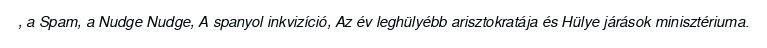
, a Spam, a Nudge Nudge, A spanyol inkvizíció, Az év leghülyébb arisztokratája és Hülye járások minisztériuma.